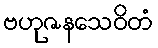
ဗဟုဇနသေဝိတံ